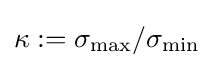
\kappa :=\sigma _{\text{max}}/\sigma _{\text{min}}